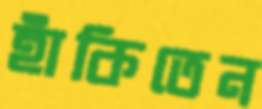
হাঁকিতেন